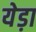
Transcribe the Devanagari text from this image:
येड़ा